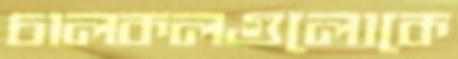
চালকলগুলোকে